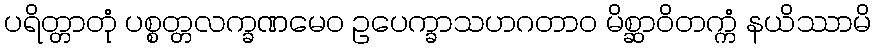
ပရိတ္တာတုံ ပစ္စတ္တလက္ခဏမေဝ ဥပေက္ခာသဟဂတာဝ မိစ္ဆာဝိတက္ကံ နယိဿာမိ